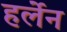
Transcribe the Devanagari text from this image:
हर्लेन